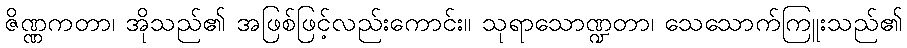
ဇိဏ္ဏကတာ၊ အိုသည်၏ အဖြစ်ဖြင့်လည်းကောင်း။ သုရာသောဏ္ဍတာ၊ သေသောက်ကြူးသည်၏